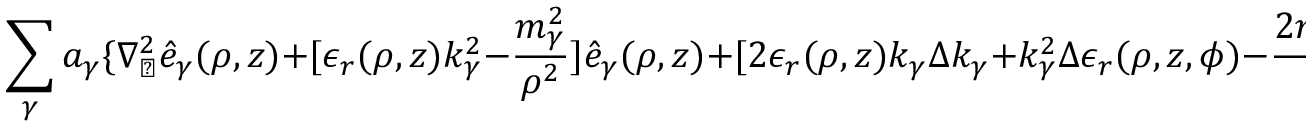
\sum _ { \gamma } a _ { \gamma } \{ \nabla _ { \perp } ^ { 2 } \hat { e } _ { \gamma } ( \rho , z ) + [ \epsilon _ { r } ( \rho , z ) k _ { \gamma } ^ { 2 } - \frac { m _ { \gamma } ^ { 2 } } { \rho ^ { 2 } } ] \hat { e } _ { \gamma } ( \rho , z ) + [ 2 \epsilon _ { r } ( \rho , z ) k _ { \gamma } \Delta k _ { \gamma } + k _ { \gamma } ^ { 2 } \Delta \epsilon _ { r } ( \rho , z , \phi ) - \frac { 2 m _ { \gamma } \Delta m _ { \gamma } } { \rho ^ { 2 } } ] \hat { e } _ { \gamma } ( \rho , z ) \} e ^ { - j m _ { \gamma } ^ { \prime } \phi } = { \vec { 0 } }